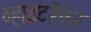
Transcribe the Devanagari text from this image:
व्हाइटहैवेन